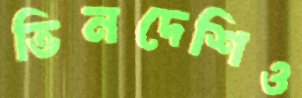
ভিনদেশিও